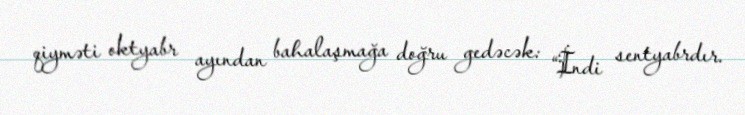
qiyməti oktyabr ayından bahalaşmağa doğru gedəcək: “İndi sentyabrdır.